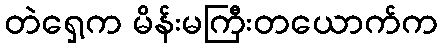
တဲရှေ့က မိန်းမကြီးတယောက်က